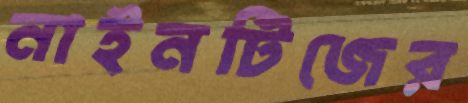
নাইনটিজের